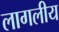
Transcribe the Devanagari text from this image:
लागलीय